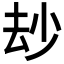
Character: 𠫴